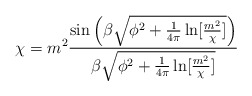
\begin{align*}\chi=m^2\frac {\sin \left( \beta \sqrt{\phi^2+ \frac{1}{4 \pi}\ln[\frac{m^2}{\chi}]} \right)}{\beta \sqrt{\phi^2 +\frac{1}{4\pi}\ln[\frac{m^2}{\chi}]}}\end{align*}